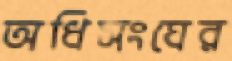
অধিসংঘের